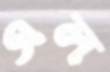
এল